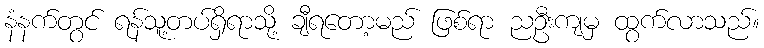
နံနက်တွင် ရန်သူ့တပ်ရှိရာသို့ ချီရတော့မည် ဖြစ်ရာ ညဦးကျမှ ထွက်လာသည်။